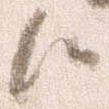
候